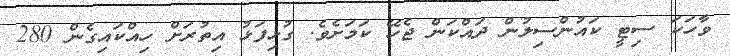
ވާހަކަ ސިޓީ ކައުންސިލުން ދައްކަން ޖެހޭ ކަމަށެވެ. ގުޅިފަޅު އިތުރަށް ހިއްކައިގެން 280